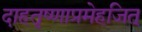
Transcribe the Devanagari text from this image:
दाहतृष्णाप्रमेहजित्‌